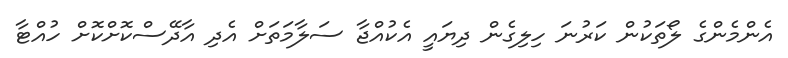
އެންމެންގެ ލޯތަކުން ކަރުނަ ހިލިގެން ދިޔައީ އެކުއްޖާ ސަލާމަތަށް އެދި އާދޭސްކޮށްކޮށް ހުއްޓާ